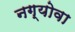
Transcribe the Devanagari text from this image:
नग्योवा